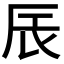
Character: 𮝾